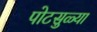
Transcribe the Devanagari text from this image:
पोटसुळ्या